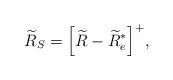
LaTeX: \begin{align*}\widetilde{R}_S = {\left[\widetilde{R}-\widetilde{R}_e^{*}\right]^ + },\end{align*}